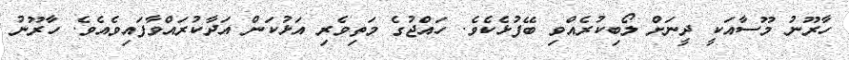
ހާރޫނު މޫސާއަކީ ދީނަށް ލޯބިކުރެއްވި ބޭފުޅެކެވެ. ހައްޖުގެ މަތިވެރި އަޅުކަން އަދާކުރައްވާފައިވެއެވެ. ހާރޫނު